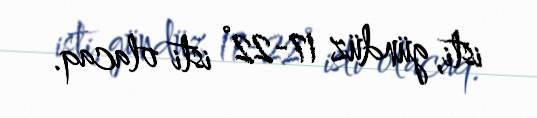
isti, gündüz 17-22° isti olacaq.